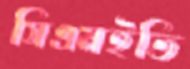
সিএমইভি